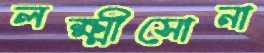
লক্ষ্মীসোনা